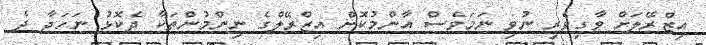
އިޒްރޭލަށް ވާގިވެރި ނުވި ނަމަވެސް އާންމުކޮށް އިޒްރޭލްގެ ނިންމުންތަކާ ދެކޮޅު ނަހަދާ ދެ